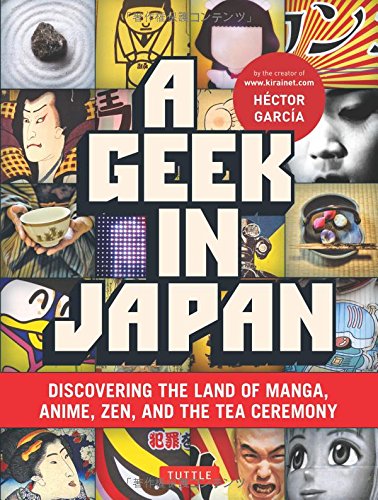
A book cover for A Geek in Japan: Discovering the Land of Manga, Anime, Zen, and the Tea Ceremony; Hector Garcia; Humor & Entertainment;